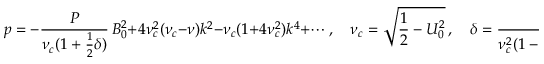
p = - \frac { P } { \nu _ { c } ( 1 + \frac { 1 } { 2 } \delta ) } \, B _ { 0 } ^ { 2 } + 4 \nu _ { c } ^ { 2 } ( \nu _ { c } - \nu ) k ^ { 2 } - \nu _ { c } ( 1 + 4 \nu _ { c } ^ { 2 } ) k ^ { 4 } + \cdots , \quad \nu _ { c } = \sqrt { \frac { 1 } { 2 } - U _ { 0 } ^ { 2 } } \, , \quad \delta = \frac { P ^ { 2 } } { \nu _ { c } ^ { 2 } ( 1 - P ^ { 2 } ) + \frac { 1 } { 2 } P ^ { 2 } } \, .